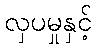
လှပမှုနှင့်